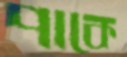
পাকে